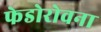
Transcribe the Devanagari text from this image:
फेडोरोवना